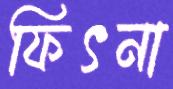
ফিৎনা